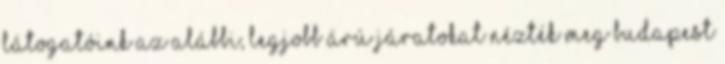
Látogatóink az alábbi, legjobb árú járatokat nézték meg Budapest